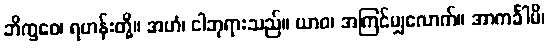
ဘိက္ခဝေ၊ ရဟန်းတို့။ အဟံ၊ ငါဘုရားသည်။ ယာဝ၊ အကြင်မျှလောက်။ အာကင်္ခါမိ၊